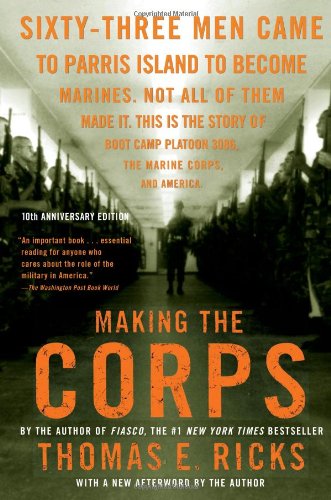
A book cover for Making the Corps: 10th Anniversary Edition with a New Afterword by the Author; Thomas E. Ricks; History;